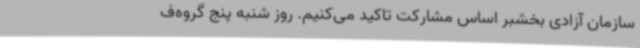
سازمان آزادی بخشبر اساس مشارکت تاکید می‌کنیم. روز شنبه پنج گروه‌ف